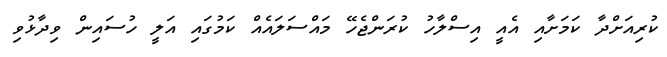
ކުރިއަށްދާ ކަމަށާއި އެއީ އިސްލާހު ކުރަންޖެހޭ މައްސަލަައެއް ކަމުގައި އަލީ ހުސައިން ވިދާޅުވި